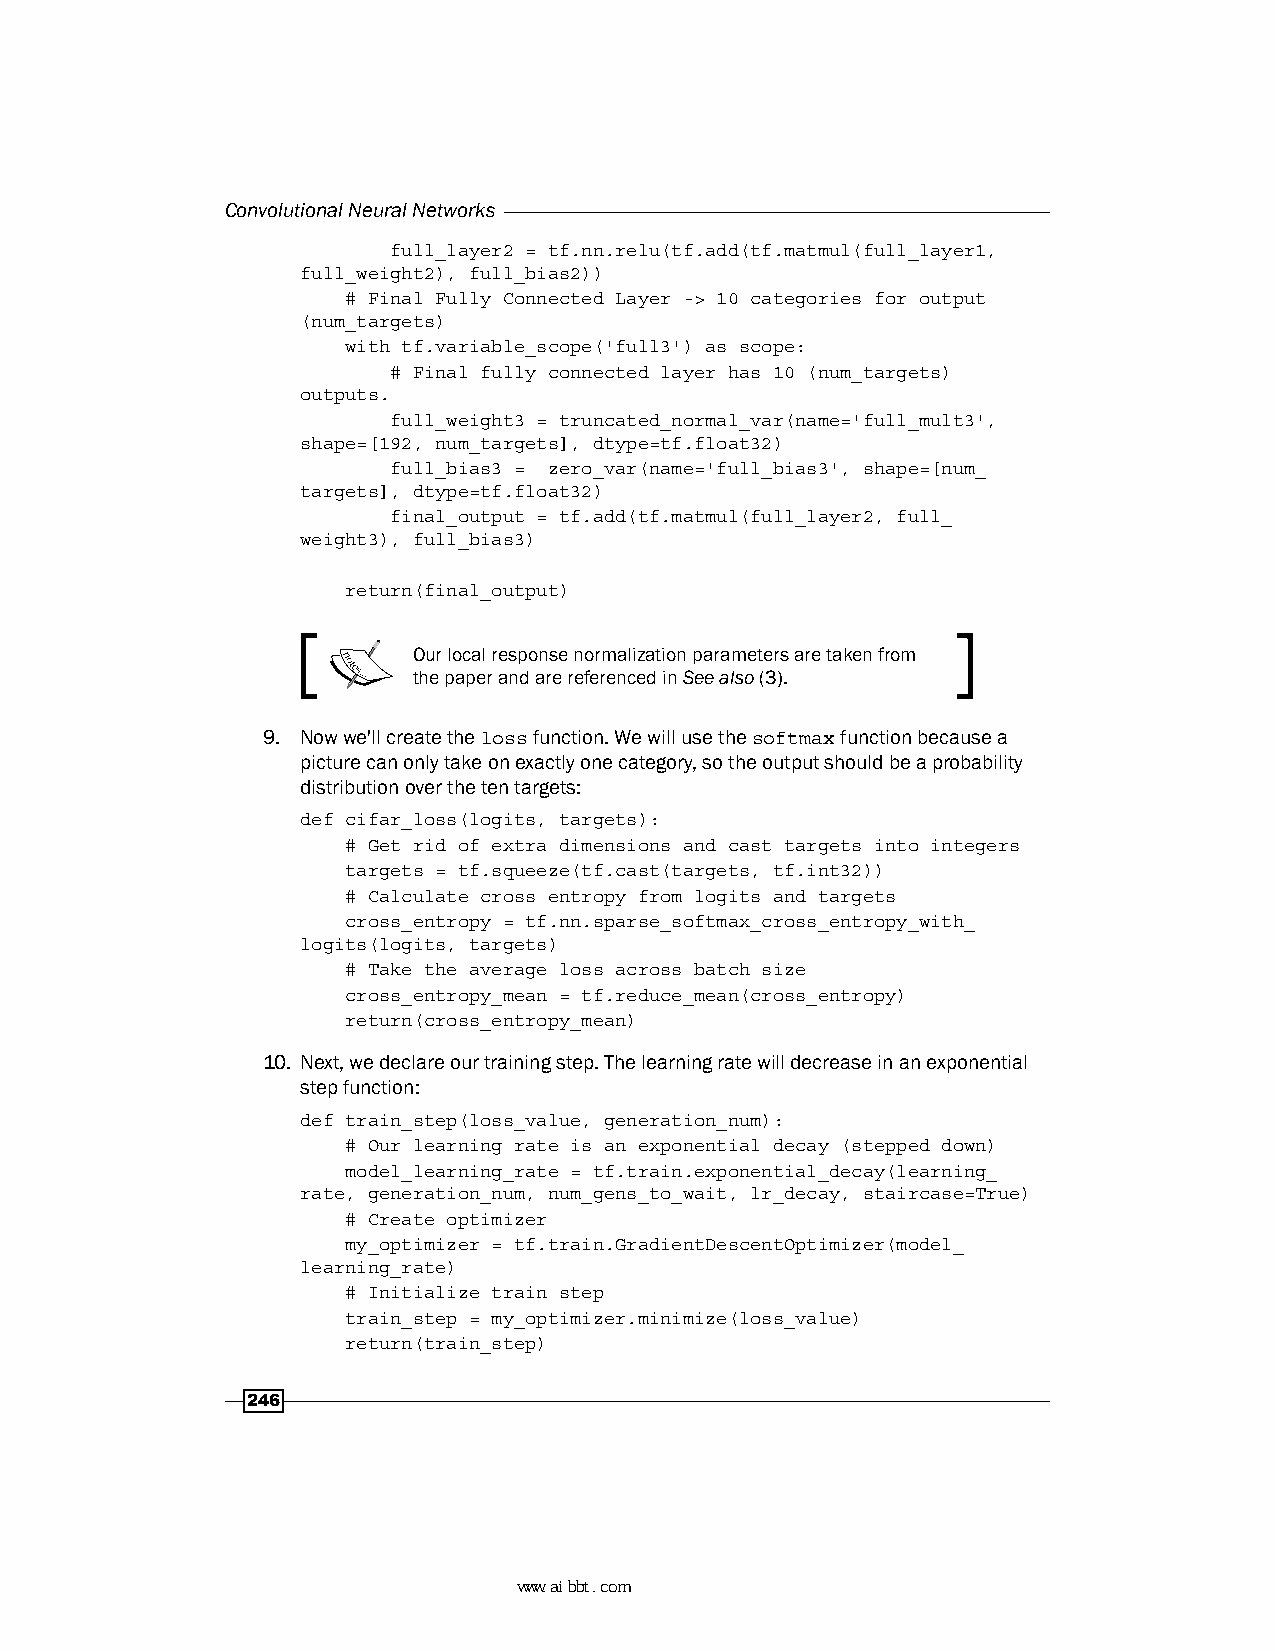
Convolutional Neural Networks
 full_layer2 = tf.nn.relu(tf.add(tf.matmul(full_layer1,
 full_weight2), full_bias2))
 # Final Fully Connected Layer -> 10 categories for output
 (num_targets)
 with tf.variable_scope('full3') as scope:
 # Final fully connected layer has 10 (num_targets)
 outputs.
 full_weight3 = truncated_normal_var(name='full_mult3',
 shape=[192, num_targets], dtype=tf.float32)
 full_bias3 = zero_var(name='full_bias3', shape=[num_
 targets], dtype=tf.float32)
 final_output = tf.add(tf.matmul(full_layer2, full_
 weight3), full_bias3)
 return(final_output)
 Our local response normalization parameters are taken from
 the paper and are referenced in See also (3).
 9. Now we'll create the loss function. We will use the softmax function because a
 picture can only take on exactly one category, so the output should be a probability
 distribution over the ten targets:
 def cifar_loss(logits, targets):
 # Get rid of extra dimensions and cast targets into integers
 targets = tf.squeeze(tf.cast(targets, tf.int32))
 # Calculate cross entropy from logits and targets
 cross_entropy = tf.nn.sparse_softmax_cross_entropy_with_
 logits(logits, targets)
 # Take the average loss across batch size
 cross_entropy_mean = tf.reduce_mean(cross_entropy)
 return(cross_entropy_mean)
 10. Next, we declare our training step. The learning rate will decrease in an exponential
 step function:
 def train_step(loss_value, generation_num):
 # Our learning rate is an exponential decay (stepped down)
 model_learning_rate = tf.train.exponential_decay(learning_
 rate, generation_num, num_gens_to_wait, lr_decay, staircase=True)
 # Create optimizer
 my_optimizer = tf.train.GradientDescentOptimizer(model_
 learning_rate)
 # Initialize train step
 train_step = my_optimizer.minimize(loss_value)
 return(train_step)
 246
 www.aibbt.com 让未来触手可及